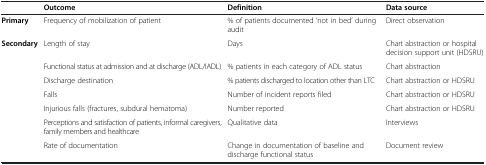
<table><thead><tr><td><b> </b></td><td><b>Outcome</b></td><td><b>Definition</b></td><td><b>Data source</b></td></tr></thead><tbody><tr><td><b>Primary</b></td><td>Frequency of mobilization of patient</td><td>% of patients documented ‘not in bed’ during audit</td><td>Direct observation</td></tr><tr><td><b>Secondary</b></td><td>Length of stay</td><td>Days</td><td>Chart abstraction or hospital decision support unit (HDSRU)</td></tr><tr><td> </td><td>Functional status at admission and at discharge (ADL/IADL)</td><td>% patients in each category of ADL status</td><td>Chart abstraction</td></tr><tr><td> </td><td>Discharge destination</td><td>% patients discharged to location other than LTC</td><td>Chart abstraction or HDSRU</td></tr><tr><td> </td><td>Falls</td><td>Number of incident reports filed</td><td>Chart abstraction or HDSRU</td></tr><tr><td> </td><td>Injurious falls (fractures, subdural hematoma)</td><td>Number reported</td><td>Chart abstraction or HDSRU</td></tr><tr><td> </td><td>Perceptions and satisfaction of patients, informal caregivers, family members and healthcare</td><td>Qualitative data</td><td>Interviews</td></tr><tr><td> </td><td>Rate of documentation</td><td>Change in documentation of baseline and discharge functional status</td><td>Document review</td></tr></tbody></table>